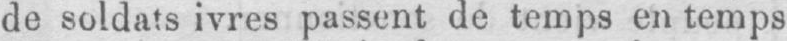
de soldats ivres passent de temps en temps